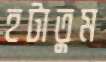
হটাতুম